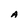
Character: A